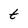
Character: t